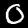
Label: 0